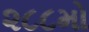
૨૮૮મો